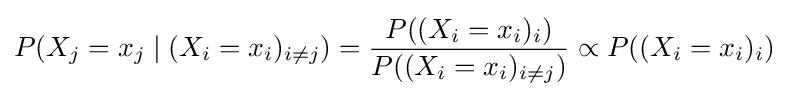
P(X_{j}=x_{j}\mid (X_{i}=x_{i})_{i\neq j})={\frac {P((X_{i}=x_{i})_{i})}{P((X_{i}=x_{i})_{i\neq j})}}\propto P((X_{i}=x_{i})_{i})